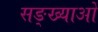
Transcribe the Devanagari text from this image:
सङ्ख्याअाें